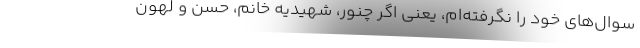
سوال‌هاي خود را نگرفته‌ام، يعني اگر چنور، شهيديه خانم، حسن و لهون